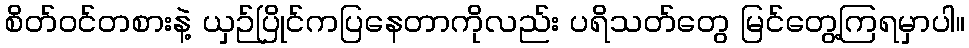
စိတ်ဝင်တစားနဲ့ ယှဉ်ပြိုင်ကပြနေတာကိုလည်း ပရိသတ်တွေ မြင်တွေ့ကြရမှာပါ။